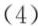
(4)